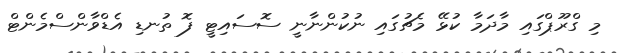
މި ގްރޫޕްގައި މާދަމާ ކުޅޭ މެޗުގައި ނުކުންނާނީ ސޮސައިޓީ ފޮ ތުނޑި އެޑްވާންސްމެންޓް